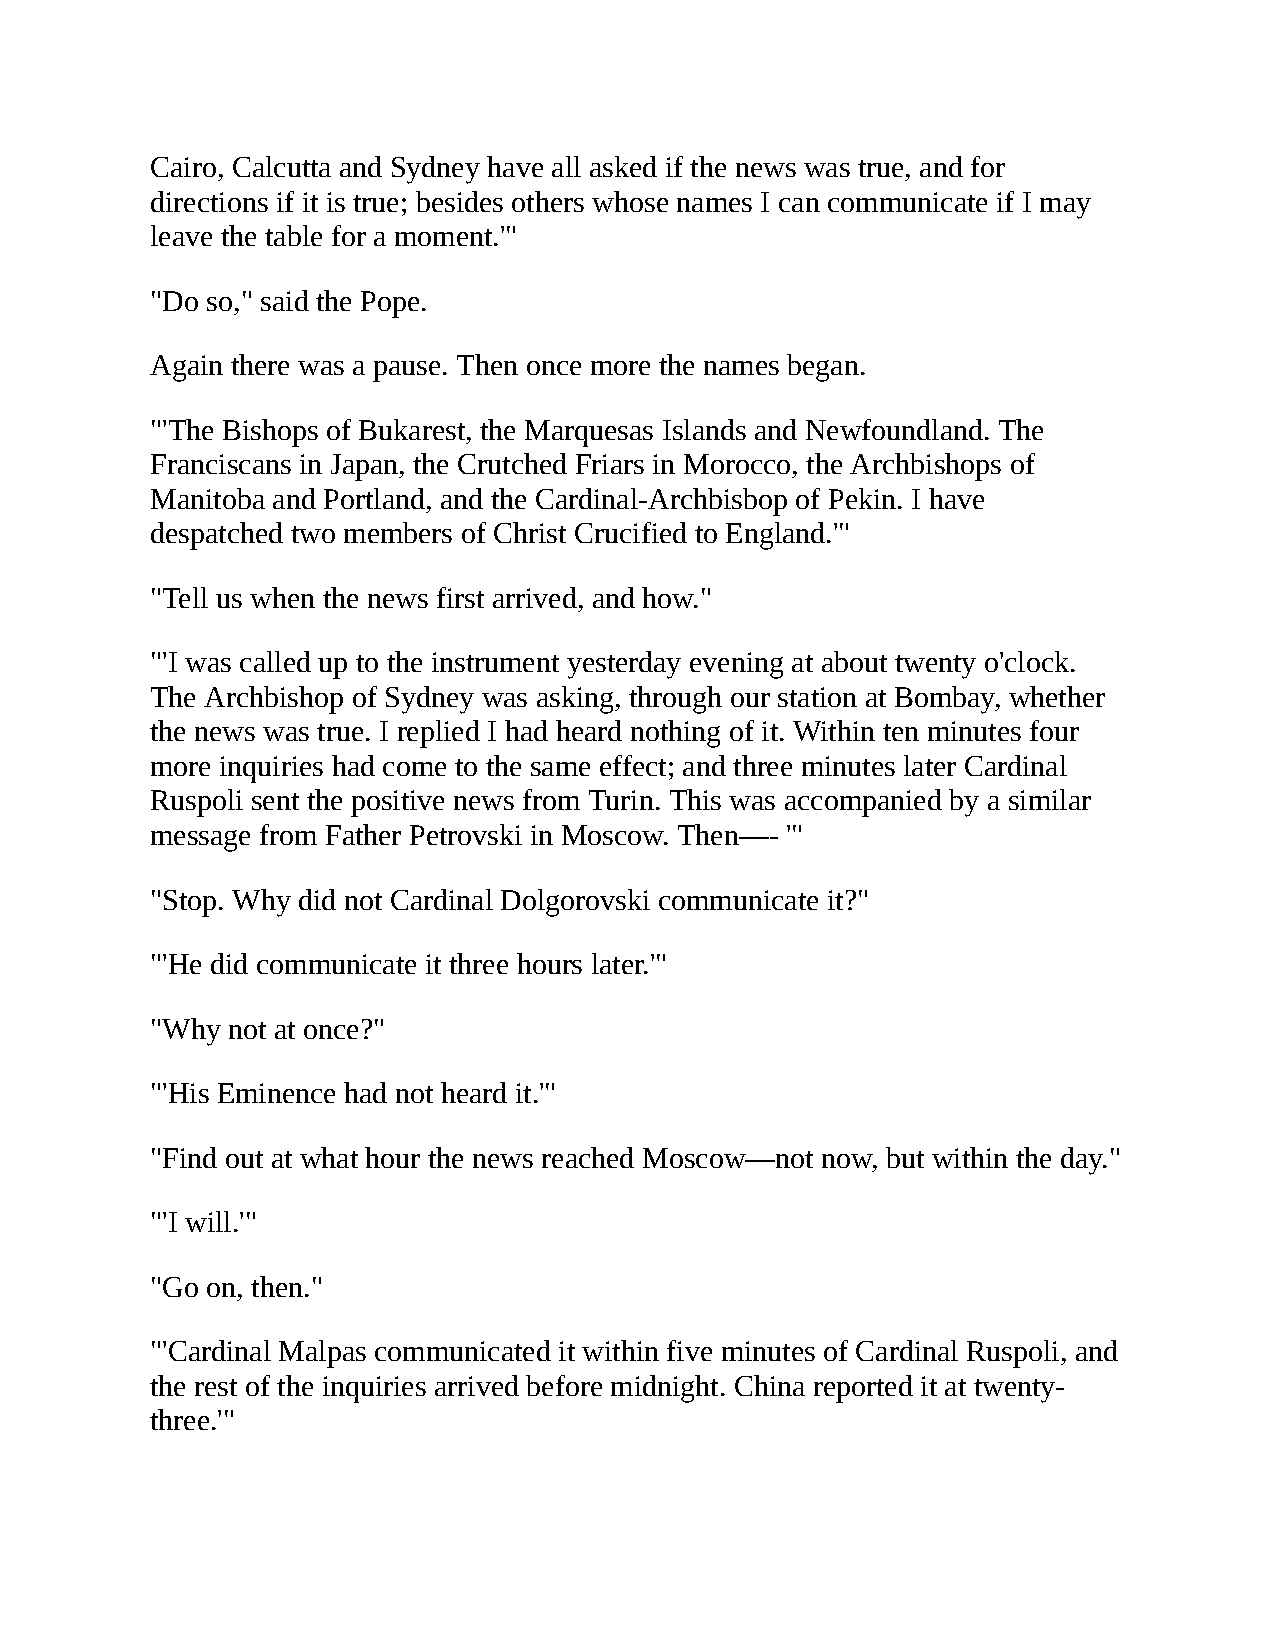
Cairo, Calcutta and Sydney have all asked if the news was true, and for
 directions if it is true; besides others whose names I can communicate if I may
 leave the table for a moment.'"
 "Do so," said the Pope.
 Again there was a pause. Then once more the names began.
 "'The Bishops of Bukarest, the Marquesas Islands and Newfoundland. The
 Franciscans in Japan, the Crutched Friars in Morocco, the Archbishops of
 Manitoba and Portland, and the Cardinal-Archbisbop of Pekin. I have
 despatched two members of Christ Crucified to England.'"
 "Tell us when the news first arrived, and how."
 "'I was called up to the instrument yesterday evening at about twenty o'clock.
 The Archbishop of Sydney was asking, through our station at Bombay, whether
 the news was true. I replied I had heard nothing of it. Within ten minutes four
 more inquiries had come to the same effect; and three minutes later Cardinal
 Ruspoli sent the positive news from Turin. This was accompanied by a similar
 message from Father Petrovski in Moscow. Then—- '"
 "Stop. Why did not Cardinal Dolgorovski communicate it?"
 "'He did communicate it three hours later.'"
 "Why not at once?"
 "'His Eminence had not heard it.'"
 "Find out at what hour the news reached Moscow—not now, but within the day."
 "'I will.'"
 "Go on, then."
 "'Cardinal Malpas communicated it within five minutes of Cardinal Ruspoli, and
 the rest of the inquiries arrived before midnight. China reported it at twenty-
 three.'"